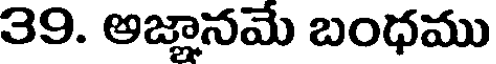
39. అజ్ఞానమే బంధము